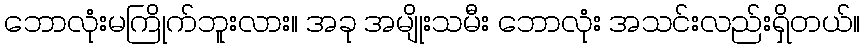
ဘောလုံးမကြိုက်ဘူးလား။ အခု အမျိုးသမီး ဘောလုံး အသင်းလည်းရှိတယ်။